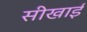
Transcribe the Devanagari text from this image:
सीखाई